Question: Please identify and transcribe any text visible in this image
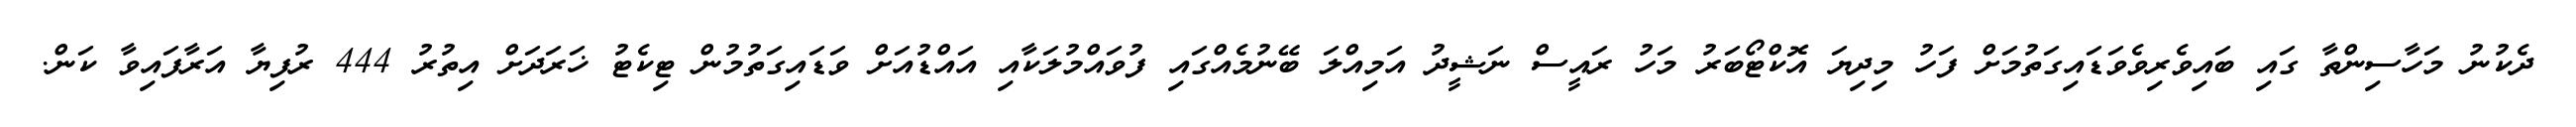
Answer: ދެކުނު މަހާސިންތާ ގައި ބައިވެރިވެވަޑައިގަތުމަށް ފަހު މިދިޔަ އޮކްޓޯބަރު މަހު ރައީސް ނަޝީދު އަމިއްލަ ބޭނުމެއްގައި ފުވައްމުލަކާއި އައްޑުއަށް ވަޑައިގަތުމުން ޓިކެޓު ޚަރަދަށް އިތުރު 444 ރުފިޔާ އަރާފައިވާ ކަން.